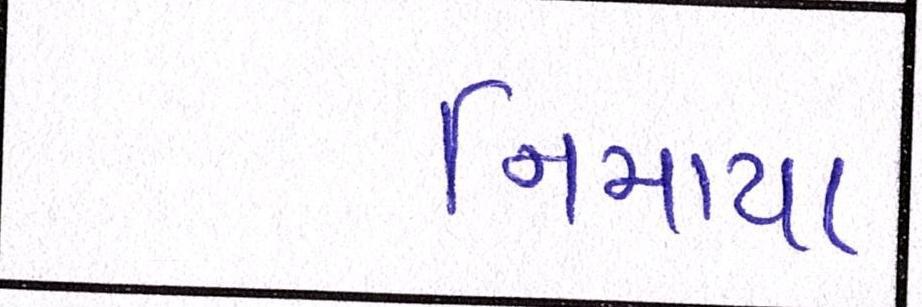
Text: નિમાયા